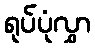
ရုပ်ပုံလွှာ